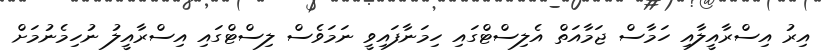
އިރު އިސްރާއީލާއި ހަމާސް ޖަމާއަތް އެލިސްޓްގައި ހިމަނާފައިވީ ނަމަވެސް ލިސްޓްގައި އިސްރާއީލު ނުހިމެނުމަށް